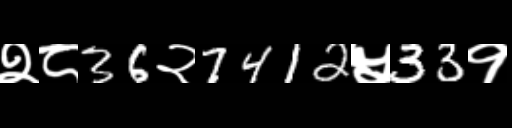
Text: २८36२7412५33१